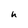
Character: u